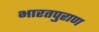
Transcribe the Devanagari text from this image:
भारतपुराण